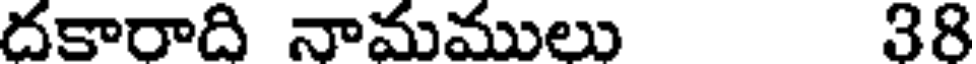
దకారాది నామములు 38